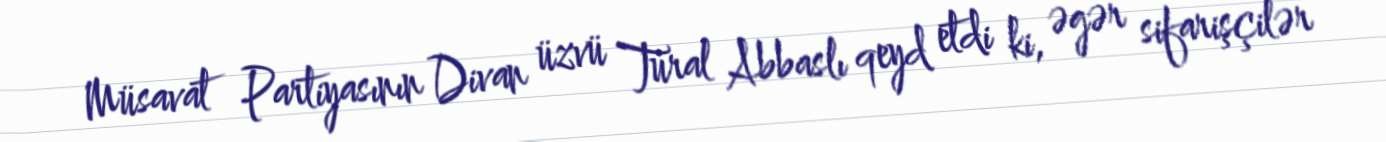
Müsavat Partiyasının Divan üzvü Tural Abbaslı qeyd etdi ki, əgər sifarişçilər